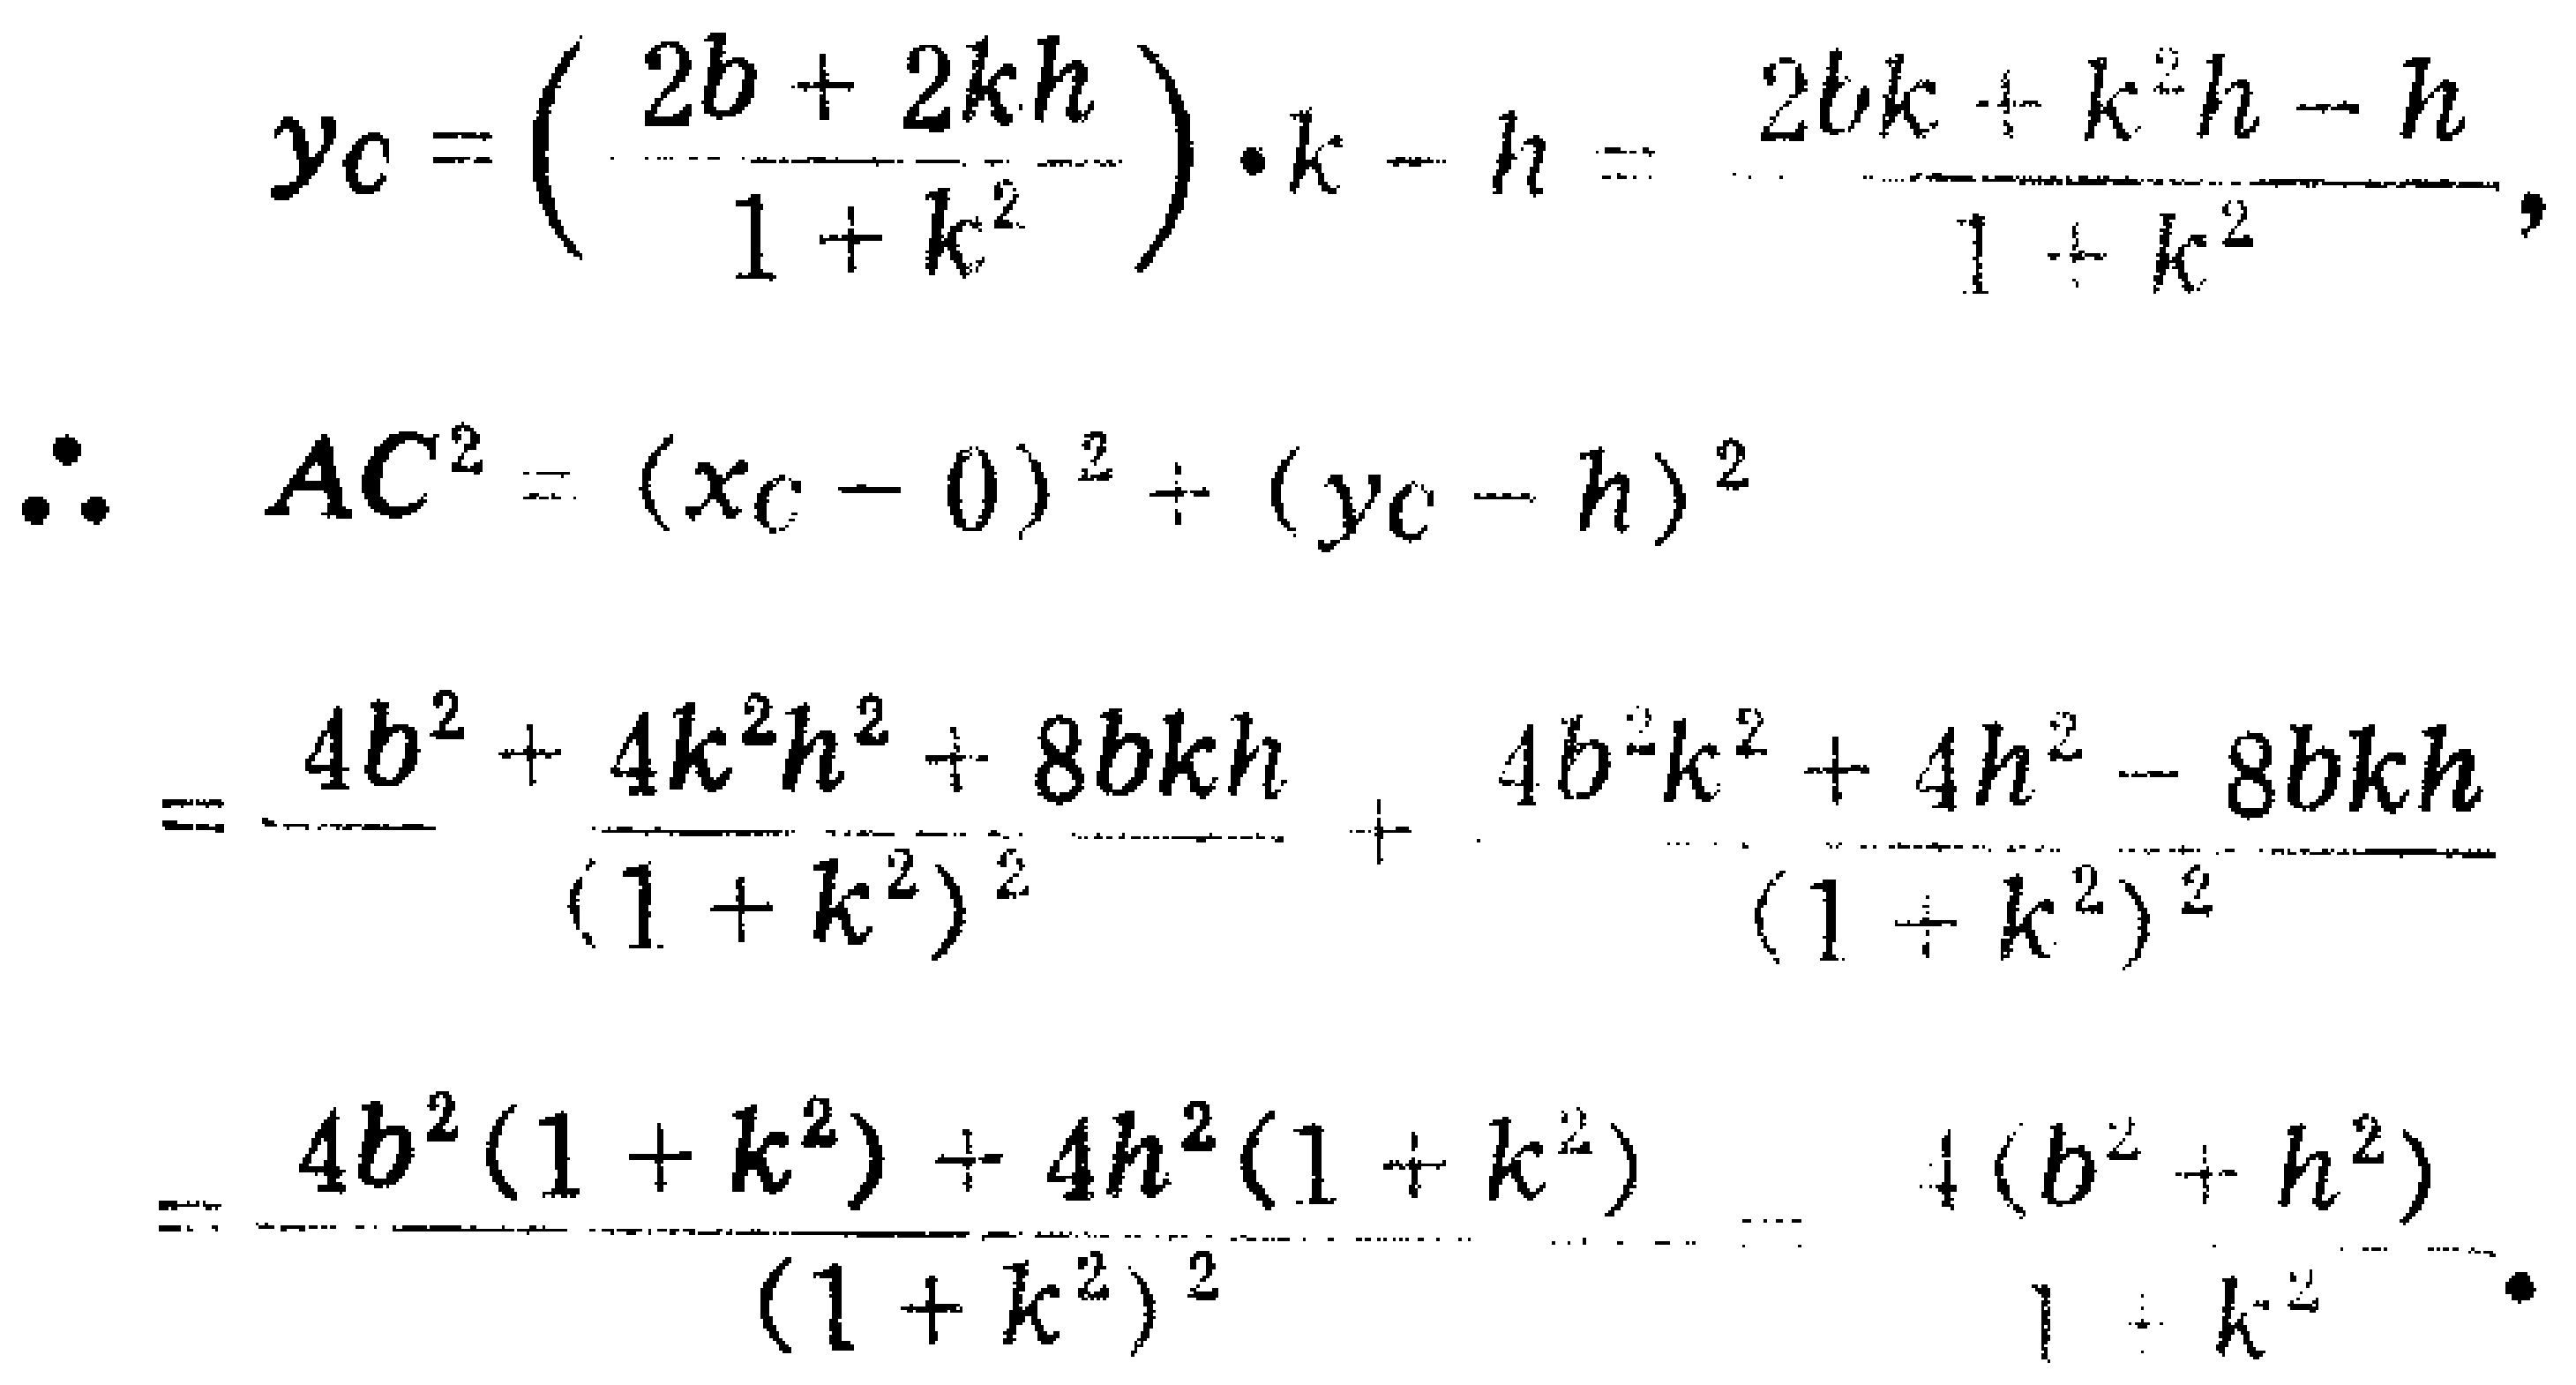
\[
\begin{align*}
y_{C}&=\left(\frac{2b + 2kh}{1 + k^{2}}\right)\cdot k - h=\frac{2bk + k^{2}h - h}{1 + k^{2}},\\
\therefore\ AC^{2}&=(x_{C}-0)^{2}+(y_{C}-h)^{2}\\
&=\frac{4b^{2}+4k^{2}h^{2}+8bkh}{(1 + k^{2})^{2}}+\frac{4b^{2}k^{2}+4h^{2}-8bkh}{(1 + k^{2})^{2}}\\
&=\frac{4b^{2}(1 + k^{2})+4h^{2}(1 + k^{2})}{(1 + k^{2})^{2}}=\frac{4(b^{2}+h^{2})}{1 + k^{2}}.
\end{align*}
\]